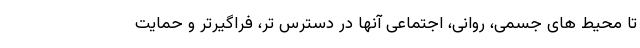
تا محیط های جسمی، روانی، اجتماعی آنها در دسترس تر، فراگیرتر و حمایت